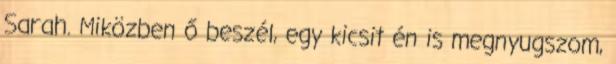
Sarah. Miközben ő beszél, egy kicsit én is megnyugszom,